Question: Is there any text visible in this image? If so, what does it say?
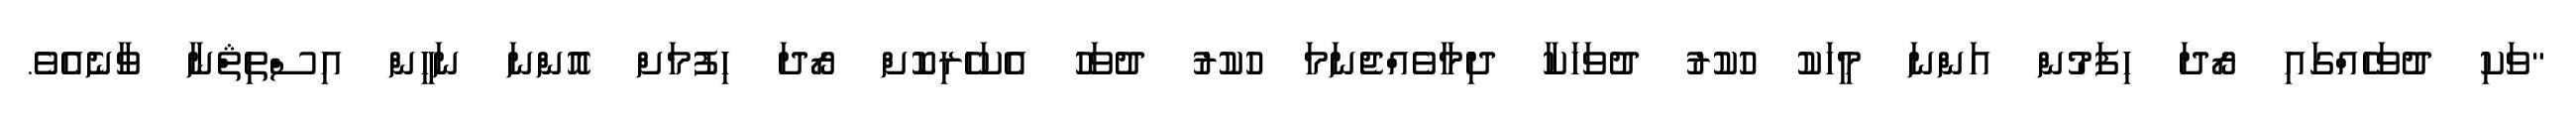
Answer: "ވަކި ދުވަހެއްގައި ރޯދަ ހިފަމުން އަންނަ މީހަކު ހުކުރު ދުވަހަކާ ދިމާވެއްޖެނަމަ ހުކުރު ދުވަހު އެކަހެރިކޮށް ރޯދަ ހިފުމަށް އޮންނަ ނަހީން އިސްތިޘްނާ ވާނެއެވެ.